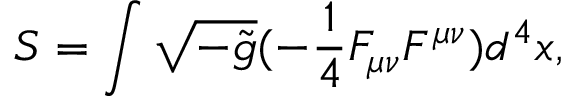
{ \cal S } = \int \sqrt { - \tilde { g } } ( - \frac { 1 } { 4 } F _ { \mu \nu } F ^ { \mu \nu } ) d ^ { 4 } x ,